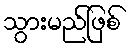
သွားမည်ဖြစ်